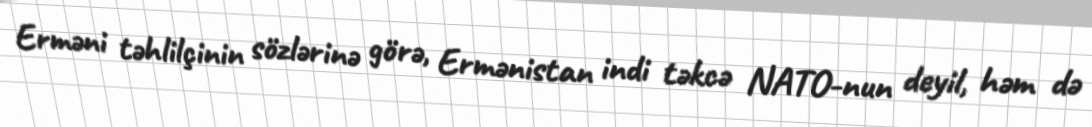
Erməni təhlilçinin sözlərinə görə, Ermənistan indi təkcə NATO-nun deyil, həm də